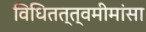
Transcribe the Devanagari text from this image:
विधितत्त्वमीमांसा